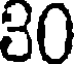
30